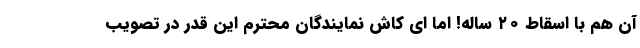
آن هم با اسقاط ۲۰ ساله! اما ای کاش نمایندگان محترم این قدر در تصویب